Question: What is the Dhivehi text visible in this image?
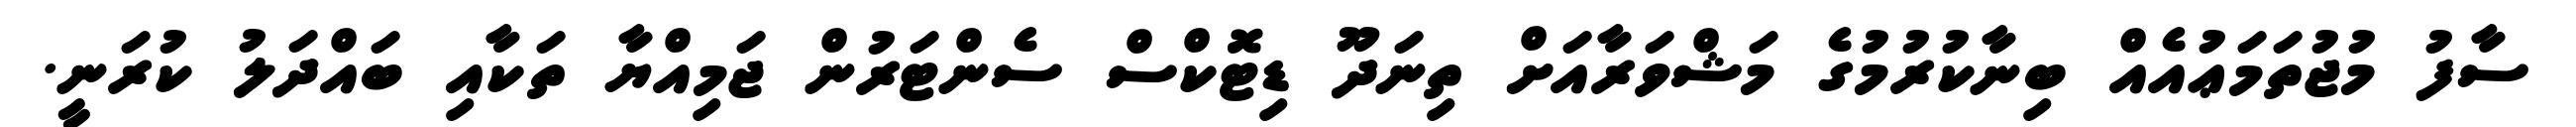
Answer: ސާފު މުޖުތަމަޢުއެއް ބިނާކުރުމުގެ މަޝްވަރާއަށް ތިނަދޫ ޑިޓޮކްސް ސެންޓަރުން ޖަމިއްޔާ ތަކާއި ބައްދަލު ކުރަނީ.